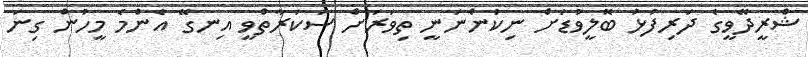
ޝްރީދޭވީގެ ދަރިފުޅު ބޮލީވުޑަށް ނިކުންނަނީ ތިވަރަށް ސަކަރާތްވީ އިނގޭ އެންމެ މީހުން ގިނަ